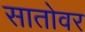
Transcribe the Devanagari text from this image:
सातोवर